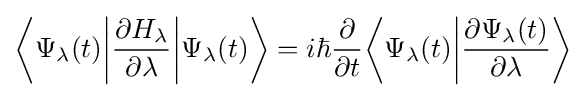
{\bigg \langle }\Psi _{\lambda }(t){\bigg |}{\frac {\partial H_{\lambda }}{\partial \lambda }}{\bigg |}\Psi _{\lambda }(t){\bigg \rangle }=i\hbar {\frac {\partial }{\partial t}}{\bigg \langle }\Psi _{\lambda }(t){\bigg |}{\frac {\partial \Psi _{\lambda }(t)}{\partial \lambda }}{\bigg \rangle }